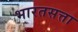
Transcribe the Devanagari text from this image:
भारतसत्ता